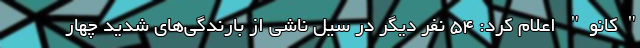
"کانو" اعلام کرد: ۵۴ نفر دیگر در سیل ناشی از بارندگی‌های شدیدِ چهار